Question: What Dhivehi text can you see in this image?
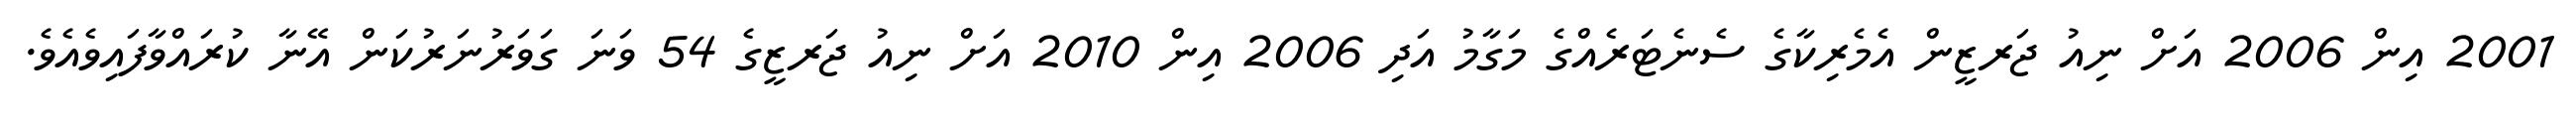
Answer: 2001 އިން 2006 އަށް ނިއު ޖަރޒީން އެމެރިކާގެ ސެނެޓަރެއްގެ މަގާމު އަދި 2006 އިން 2010 އަށް ނިއު ޖަރޒީގެ 54 ވަނަ ގަވަރުނަރުކަން އޭނާ ކުރައްވާފައިވެއެވެ.